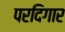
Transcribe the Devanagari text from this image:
परदिगार